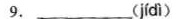
9.___( jídì )